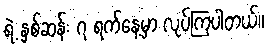
ရဲ့ နှစ်ဆန်း ၇ ရက်နေ့မှာ လုပ်ကြပါတယ်။